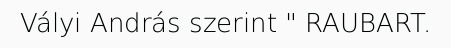
Vályi András szerint " RAUBART.